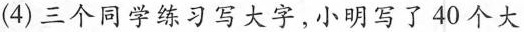
(4)三个同学练习写大字，小明写了40个大